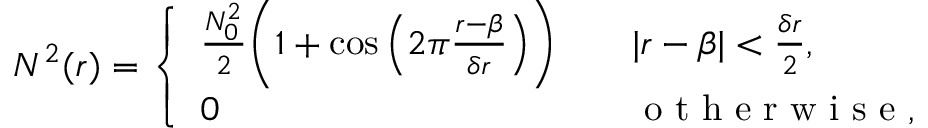
N ^ { 2 } ( r ) = \left\{ \begin{array} { l l } { \frac { N _ { 0 } ^ { 2 } } { 2 } \bigg ( 1 + \cos \Big ( 2 \pi \frac { r - \beta } { \delta r } \Big ) \bigg ) \quad } & { | r - \beta | < \frac { \delta r } { 2 } , } \\ { 0 \quad } & { \mathrm { ~ o ~ t ~ h ~ e ~ r ~ w ~ i ~ s ~ e ~ } , } \end{array} \right.